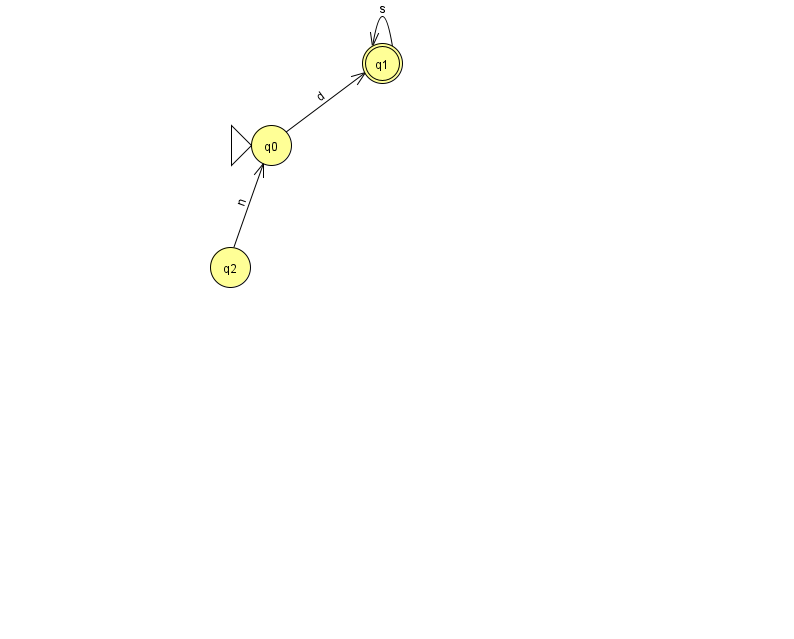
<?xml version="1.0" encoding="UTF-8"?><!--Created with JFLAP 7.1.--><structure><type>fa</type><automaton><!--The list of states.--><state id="0" name="q0"><x>271.0</x><y>132.0</y><initial/></state><state id="1" name="q1"><x>382.0</x><y>50.0</y><final/></state><state id="2" name="q2"><x>230.0</x><y>254.0</y></state><!--The list of transitions.--><transition><from>1</from><to>1</to><read>s</read></transition><transition><from>2</from><to>0</to><read>n</read></transition><transition><from>0</from><to>1</to><read>d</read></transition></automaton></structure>